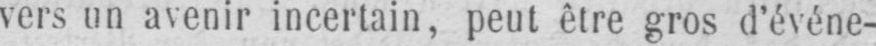
vers un avenir incertain, peut être gros d’événe-